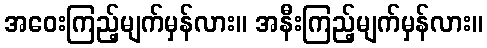
အဝေးကြည့်မျက်မှန်လား။ အနီးကြည့်မျက်မှန်လား။